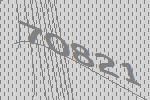
70821